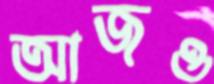
আজও